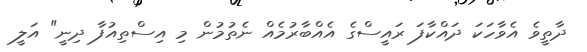
ދާތީވެ އެވާހަކަ ދައްކާފަ ރައީސްގެ އެއްބާރުމެއް ނެތުމުން މި އިސްތިއުފާ ދިނީ" އަލީ